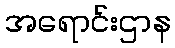
အရောင်းဌာန